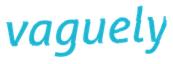
vaguely